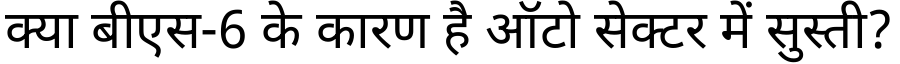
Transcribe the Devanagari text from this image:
क्या बीएस-6 के कारण है ऑटो सेक्टर में सुस्ती?